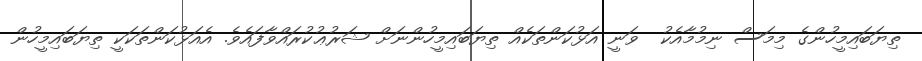
ތިޔަބައިމީހުންގެ މިމަސް ނިމުމާއެކު  ވަނީ އަޅުކަންތަކެއް ތިޔަބައިމީހުންނަށް ޝަރުޢުކުރައްވާފައެވެ. އެއަޅުކަންތަކަކީ ތިޔަބައިމީހުން